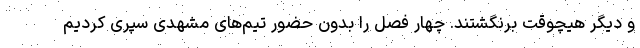
و دیگر هیچوقت برنگشتند. چهار فصل را بدون حضور تیم‌های مشهدی سپری کردیم